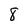
Character: 8